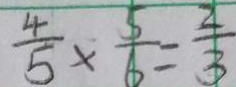
\frac { 4 } { 5 } \times \frac { 5 } { 6 } = \frac { 2 } { 3 }